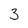
Character: 3